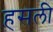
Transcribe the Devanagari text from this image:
हसली